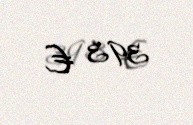
393 €